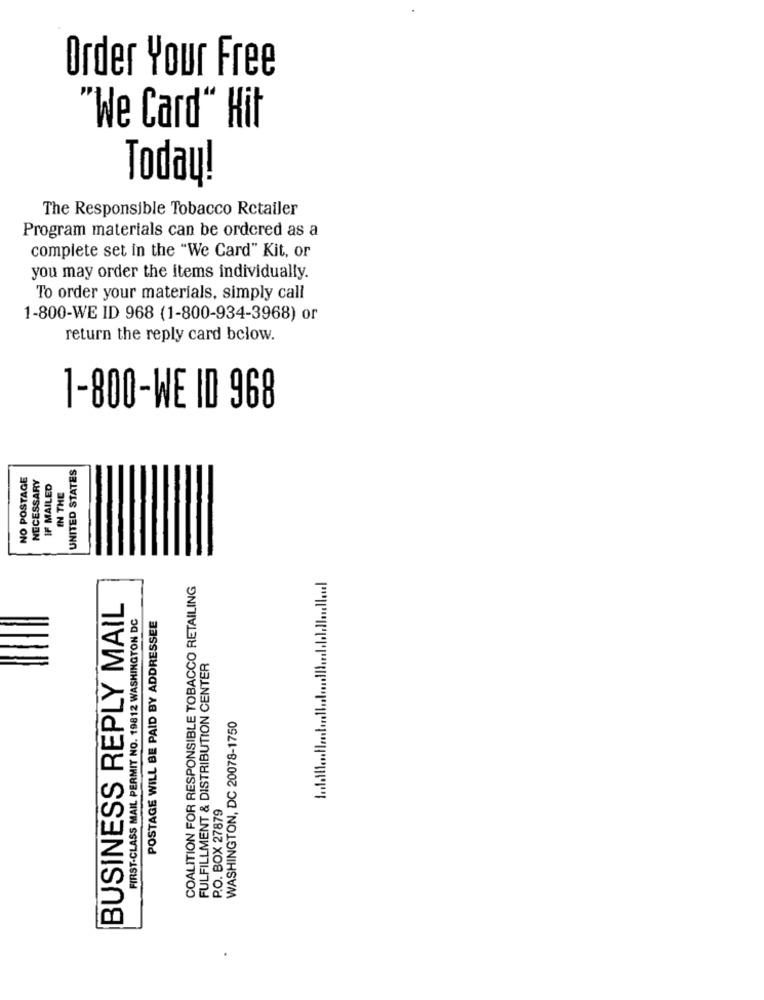
Order Your Free
"We Card" Hit
Today!
The Responsible Tobacco Retailer
Program materials can be ordered as a
complete set in the "We Card" Kit, or
you may order the items individually.
To order your materials, simply call
1-800-WE ID 968 (1-800-934-3968) or
return the reply card bclow.
1-800-WE ID 968
UNITED STATES
NO POSTAGE
NECESSARY
IF MAILED
IN THE
COALITION FOR RESPONSIBLE TOBACCO RETAILING
BUSINESS REPLY MAIL
FIRST-CLASS MAIL PERMIT NO. 19812 WASHINGTON DC
POSTAGE WILL BE PAID BY ADDRESSEE
FULFILLMENT & DISTRIBUTION CENTER
WASHINGTON, DC 20078-1750
P.O. BOX 27879